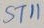
Text: ST11